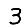
Digit: 3